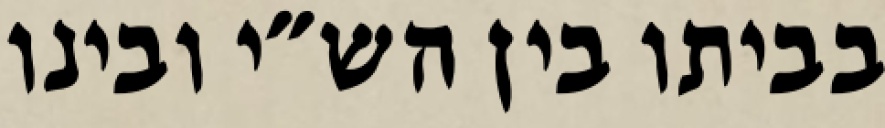
בביתו בין הש״י ובינו